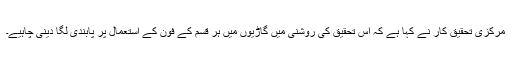
مرکزی تحقیق کار نے کہا ہے کہ اس تحقیق کی روشنی میں گاڑیوں میں ہر قسم کے فون کے استعمال پر پابندی لگا دینی چاہیے۔